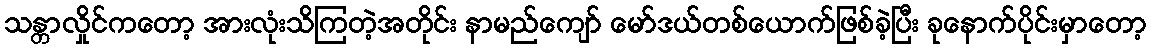
သန္တာလှိုင်ကတော့ အားလုံးသိကြတဲ့အတိုင်း နာမည်ကျော် မော်ဒယ်တစ်ယောက်ဖြစ်ခဲ့ပြီး ခုနောက်ပိုင်းမှာတော့